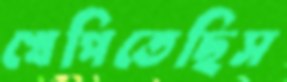
খেপিতেছিস